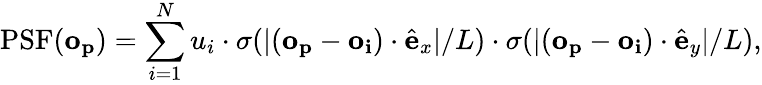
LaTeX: \mathrm{PSF}(\mathbf{o_{p}})=\sum_{i=1}^{N}u_{i}\cdot\sigma(|(\mathbf{o_{p}}-\mathbf{o_{i}})\cdot\hat{\mathbf{e}}_{x}|/L)\cdot\sigma(|(\mathbf{o_{p}}-\mathbf{o_{i}})\cdot\hat{\mathbf{e}}_{y}|/L),